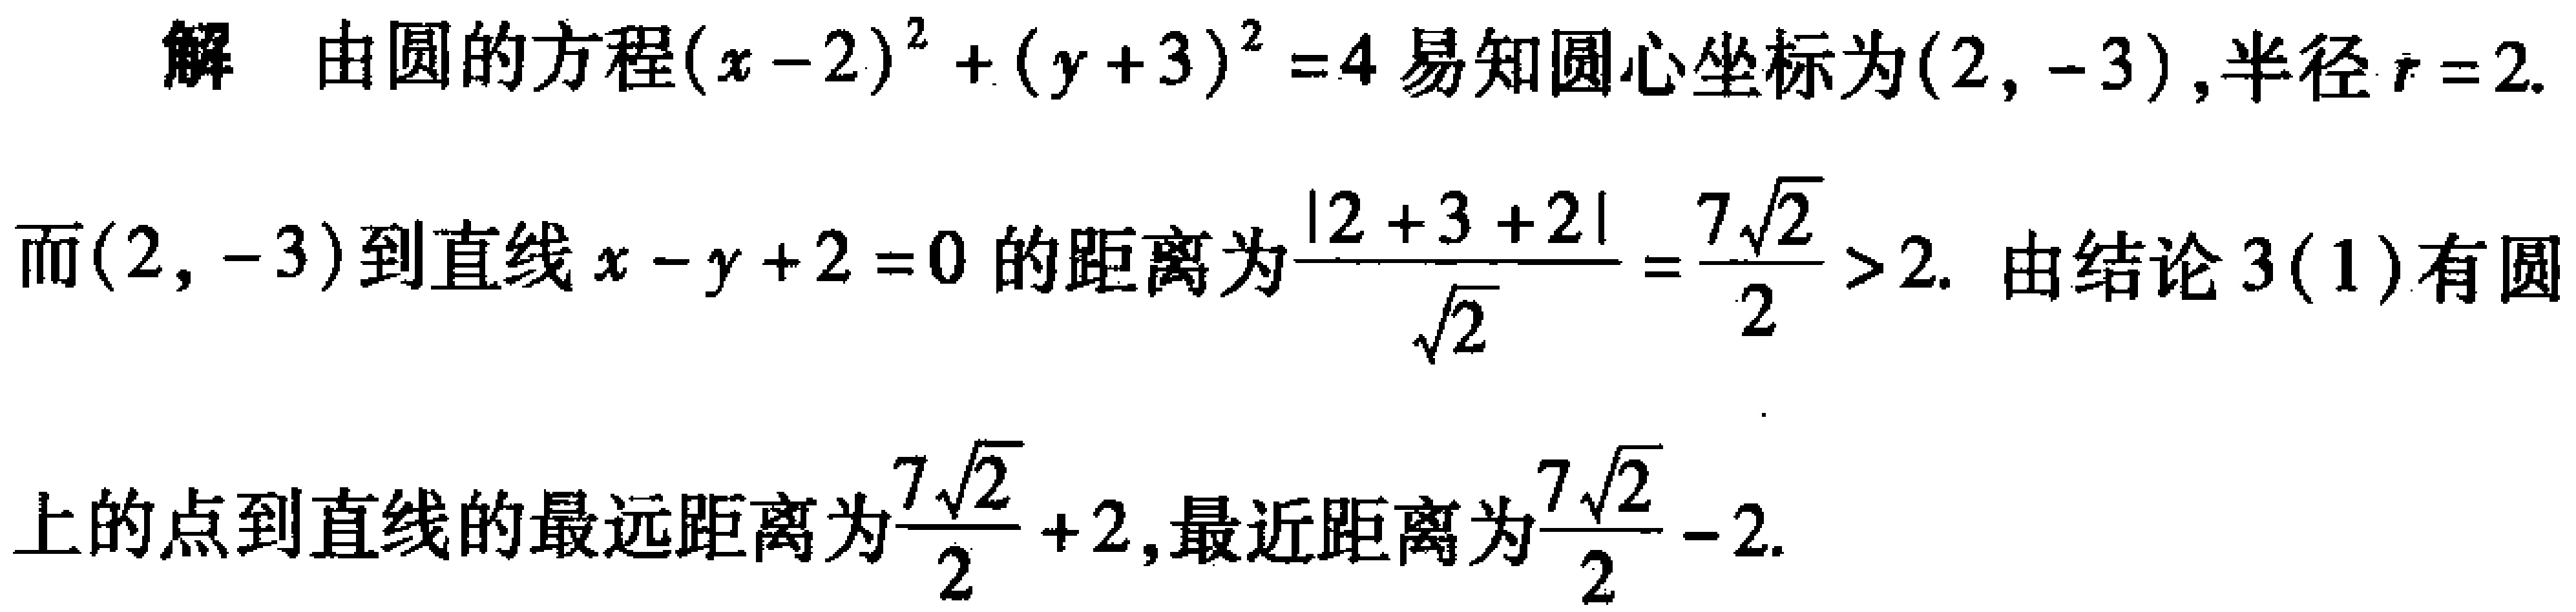
解 由圆的方程\((x - 2)^2 + (y + 3)^2 = 4\)易知圆心坐标为\((2, -3)\),半径\(r = 2\).
而\((2, -3)\)到直线\(x - y + 2 = 0\)的距离为\(\frac{|2 + 3 + 2|}{\sqrt{2}}=\frac{7\sqrt{2}}{2}>2\). 由结论3(1)有圆
上的点到直线的最远距离为\(\frac{7\sqrt{2}}{2}+2\),最近距离为\(\frac{7\sqrt{2}}{2}-2\).